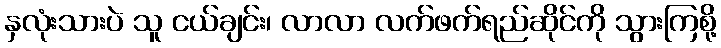
နှလုံးသားပဲ သူ ငယ်ချင်း၊ လာလာ လက်ဖက်ရည်ဆိုင်ကို သွားကြစို့